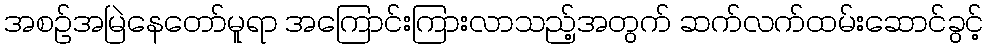
အစဉ်အမြဲနေတော်မူရာ အကြောင်းကြားလာသည့်အတွက် ဆက်လက်ထမ်းဆောင်ခွင့်